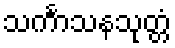
သင်္ကာသနသုတ္တံ